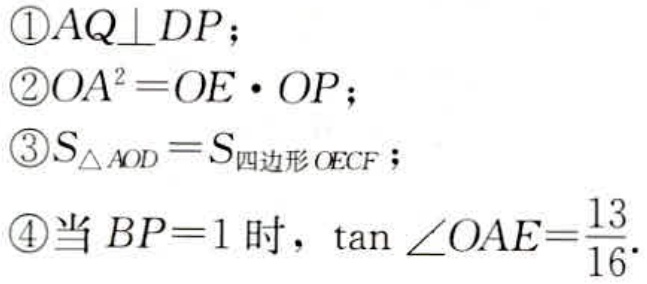
\textcircled{1}$AQ\perp DP$；
\textcircled{2}$OA^{2}=OE\cdot OP$；
\textcircled{3}$S_{\triangle AOD}=S_{四边形OECF}$；
\textcircled{4}当$BP = 1$时，$\tan\angle OAE=\frac{13}{16}$.